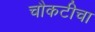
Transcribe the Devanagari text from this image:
चौकटीचा